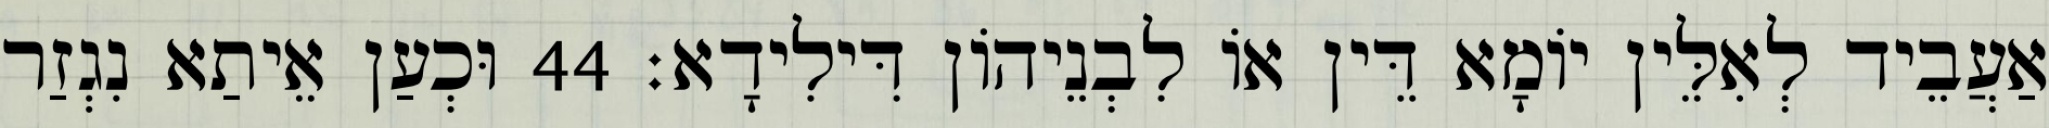
אַעֲבֵיד לְאִלֵּין יוֹמָא דֵּין אוֹ לִבְנֵיהוֹן דִּילִידָא׃ 44 וּכְעַן אֵיתַא נִגְזַר